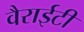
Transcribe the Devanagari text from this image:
वैराईटी